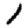
Digit: 1